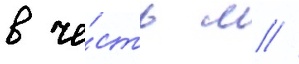
в че́сть м //